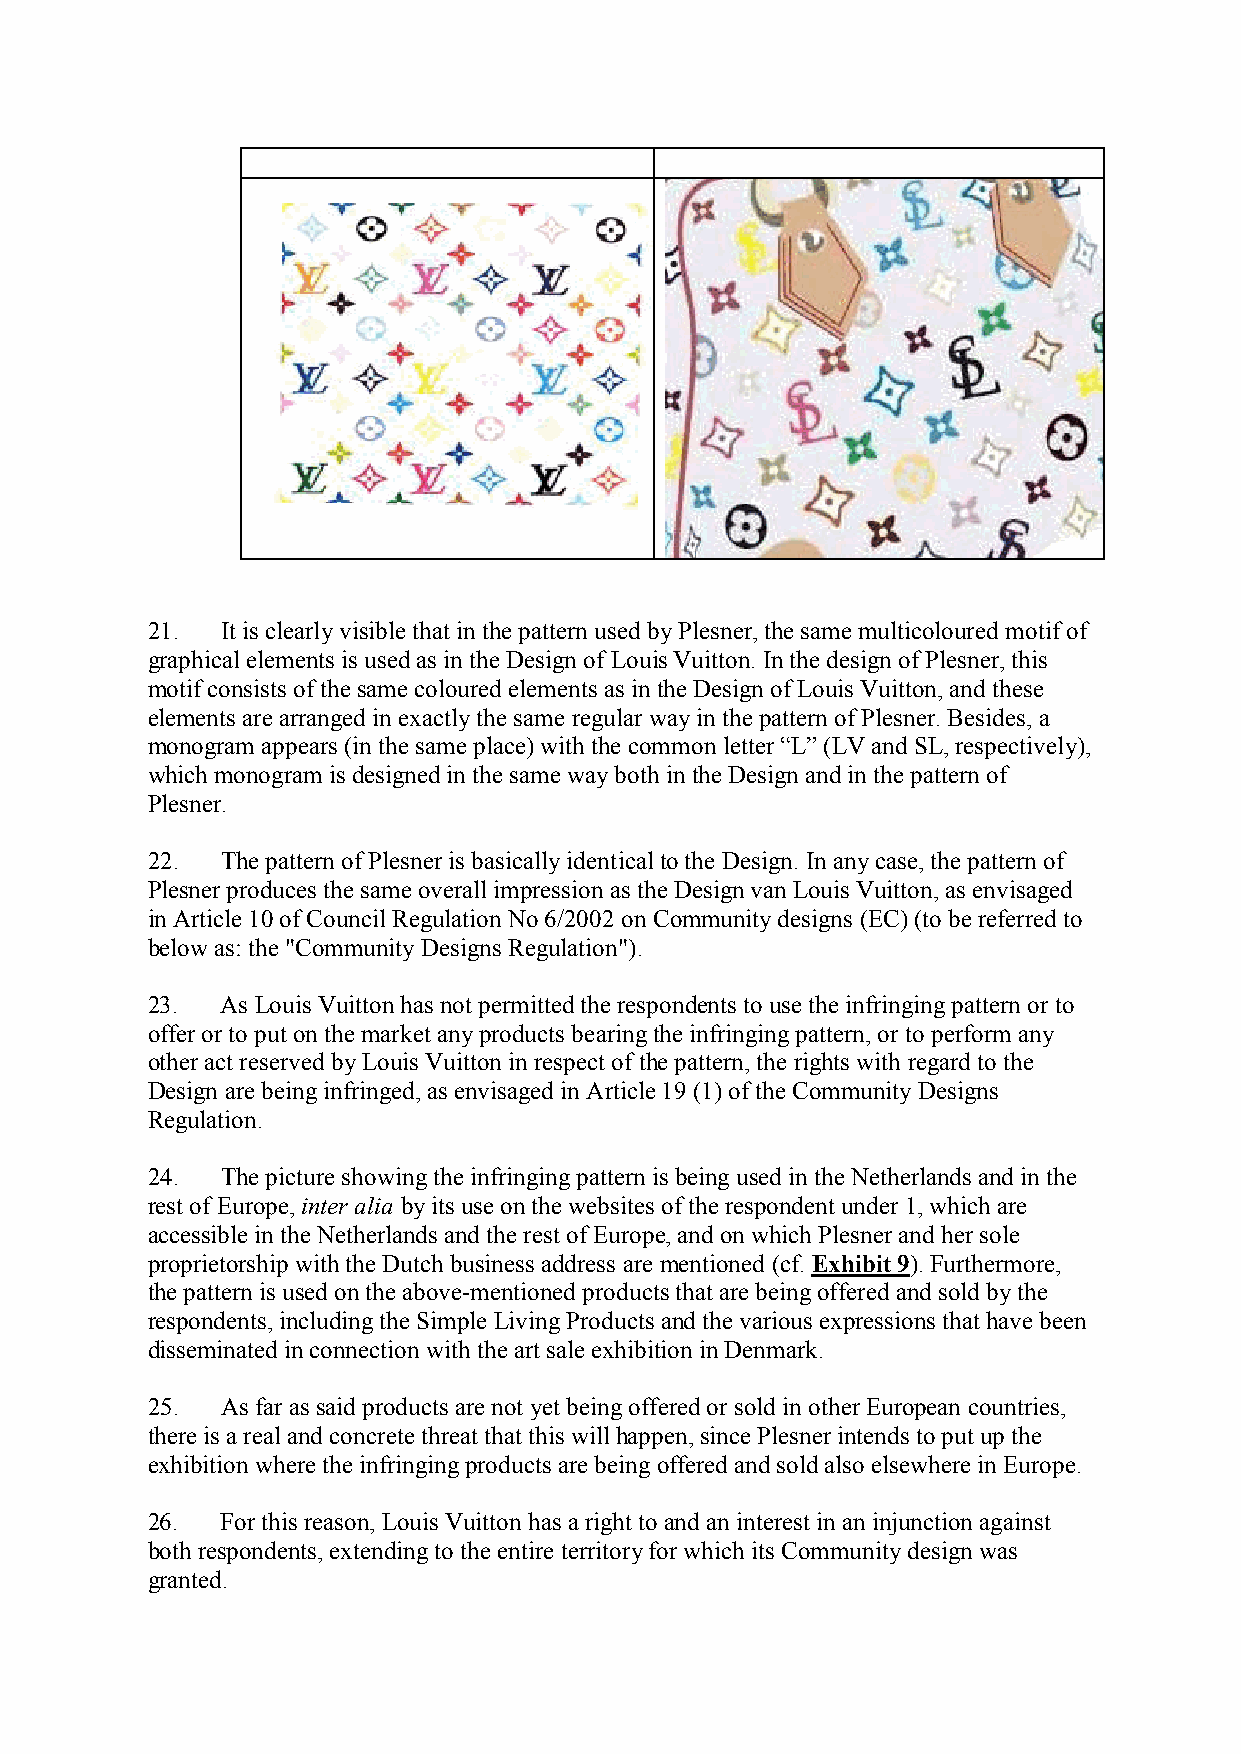
21.  It is clearly visible that in the pattern used by Plesner, the same multicoloured motif of
 graphical elements is used as in the Design of Louis Vuitton. In the design of Plesner, this
 motif consists of the same coloured elements as in the Design of Louis Vuitton, and these
 elements are arranged in exactly the same regular way in the pattern of Plesner. Besides, a
 monogram appears (in the same place) with the common letter “L” (LV and SL, respectively),
 which monogram is designed in the same way both in the Design and in the pattern of
 Plesner.
 22.  The pattern of Plesner is basically identical to the Design. In any case, the pattern of
 Plesner produces the same overall impression as the Design van Louis Vuitton, as envisaged
 in Article 10 of Council Regulation No 6/2002 on Community designs (EC) (to be referred to
 below as: the "Community Designs Regulation").
 23.  As Louis Vuitton has not permitted the respondents to use the infringing pattern or to
 offer or to put on the market any products bearing the infringing pattern, or to perform any
 other act reserved by Louis Vuitton in respect of the pattern, the rights with regard to the
 Design are being infringed, as envisaged in Article 19 (1) of the Community Designs
 Regulation.
 24.  The picture showing the infringing pattern is being used in the Netherlands and in the
 rest of Europe, inter alia by its use on the websites of the respondent under 1, which are
 accessible in the Netherlands and the rest of Europe, and on which Plesner and her sole
 proprietorship with the Dutch business address are mentioned (cf. Exhibit 9). Furthermore,
 the pattern is used on the above-mentioned products that are being offered and sold by the
 respondents, including the Simple Living Products and the various expressions that have been
 disseminated in connection with the art sale exhibition in Denmark.
 25.  As far as said products are not yet being offered or sold in other European countries,
 there is a real and concrete threat that this will happen, since Plesner intends to put up the
 exhibition where the infringing products are being offered and sold also elsewhere in Europe.
 26.  For this reason, Louis Vuitton has a right to and an interest in an injunction against
 both respondents, extending to the entire territory for which its Community design was
 granted.